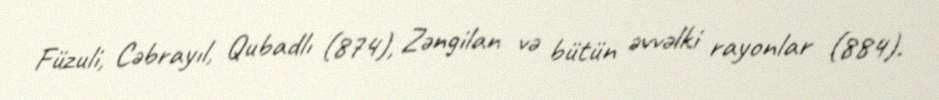
Füzuli, Cəbrayıl, Qubadlı (874), Zəngilan və bütün əvvəlki rayonlar (884).